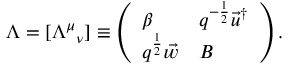
\Lambda = [ { { \mit \Lambda } ^ { \mu } } _ { \nu } ] \equiv \left( \begin{array} { l l } { { \beta } } & { { q ^ { - \frac 1 2 } \vec { u } ^ { \dagger } } } \\ { { q ^ { \frac 1 2 } \vec { w } } } & { { B } } \end{array} \right) .